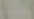
للمبيت